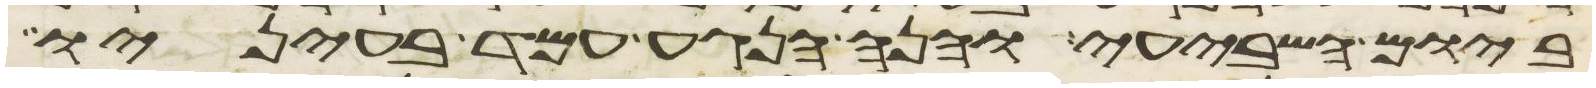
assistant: ביום השביעי והנה הנגע עמד בעיניו